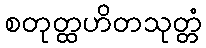
စတုတ္ထဟိတသုတ္တံ